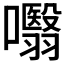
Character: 𭌣